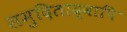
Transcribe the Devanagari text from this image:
समुदिताद्वापि